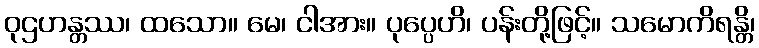
ဝုဌဟန္တဿ၊ ထသော။ မေ၊ ငါအား။ ပုပ္ပေဟိ၊ ပန်းတို့ဖြင့်။ သမောကိရန္တိ၊